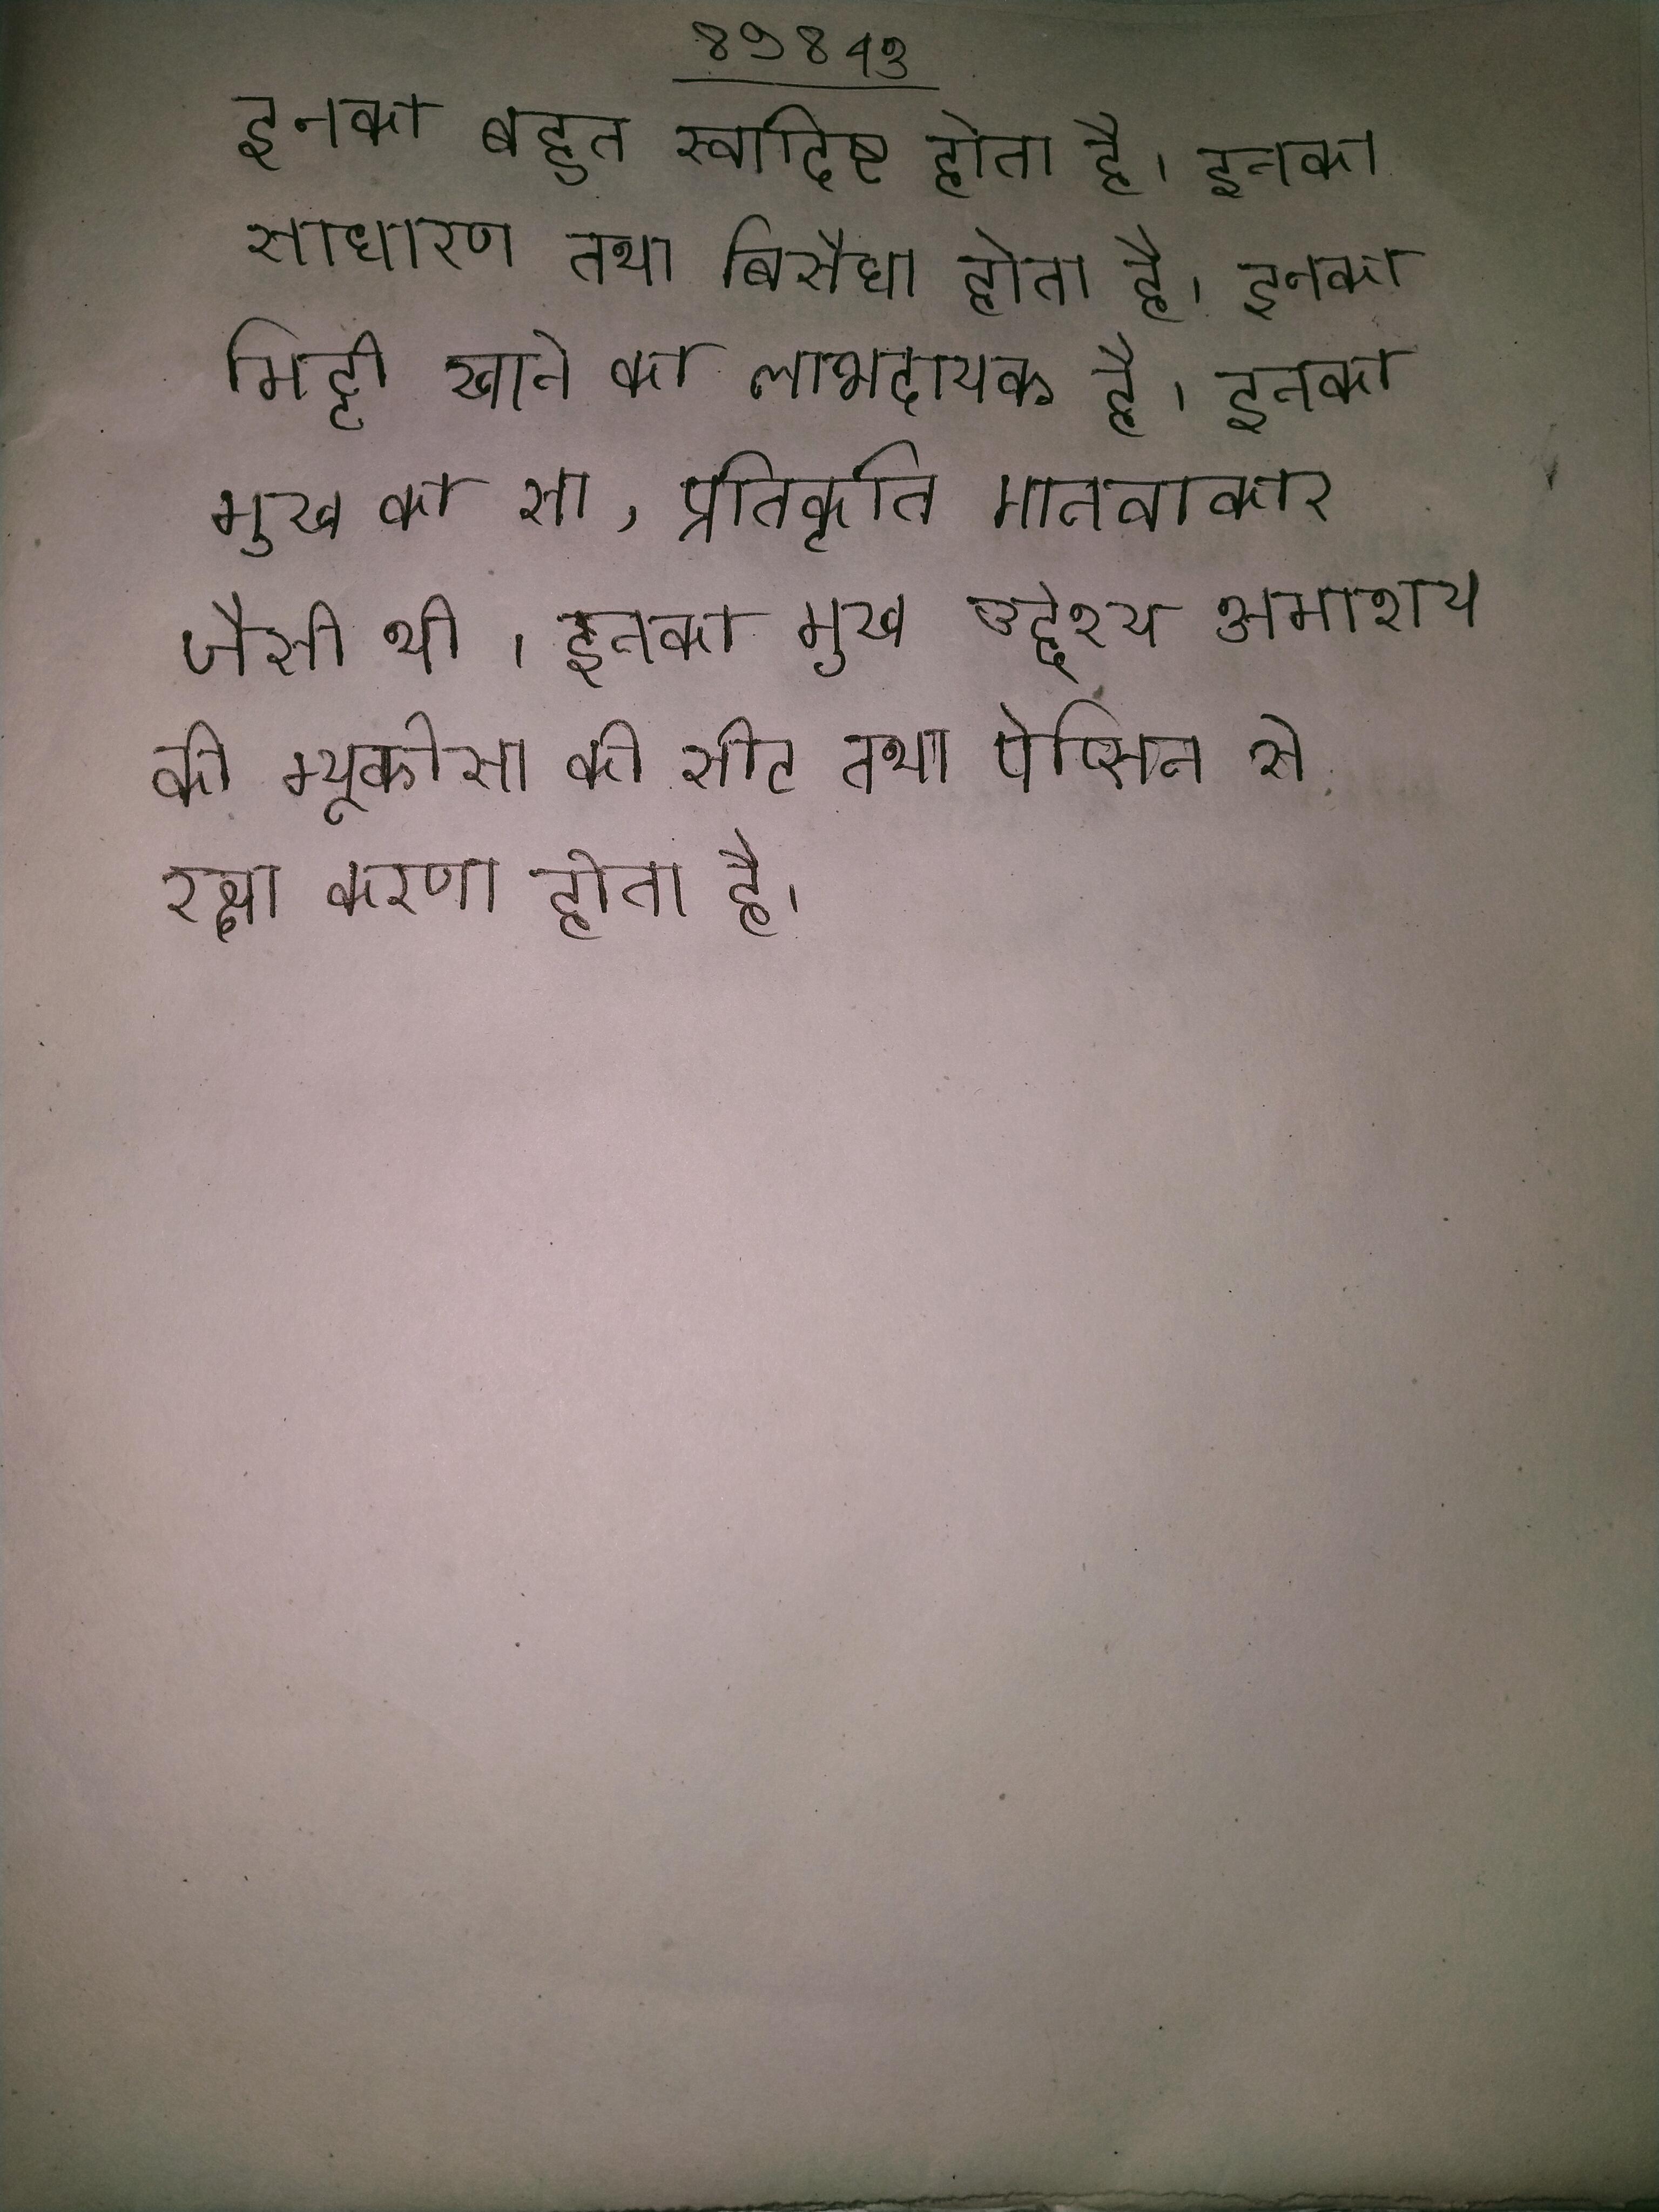
इनका बहुत स्वादिष्ट होता है । इनका साधारण तथा बिसैधा होता है । इनका मिट्टी खाने का लाभदायक है । इनका मुख का सा, प्रतिकृति मानवाकार जैसी थी । इनका मुख्य अन्तर नीचे स्पष्ट किया गया है । इनका मुख्य उद्देश्य अमाशय की म्यूकोसा की सीट तथा पेप्सिन से रक्षा करना होता है ।